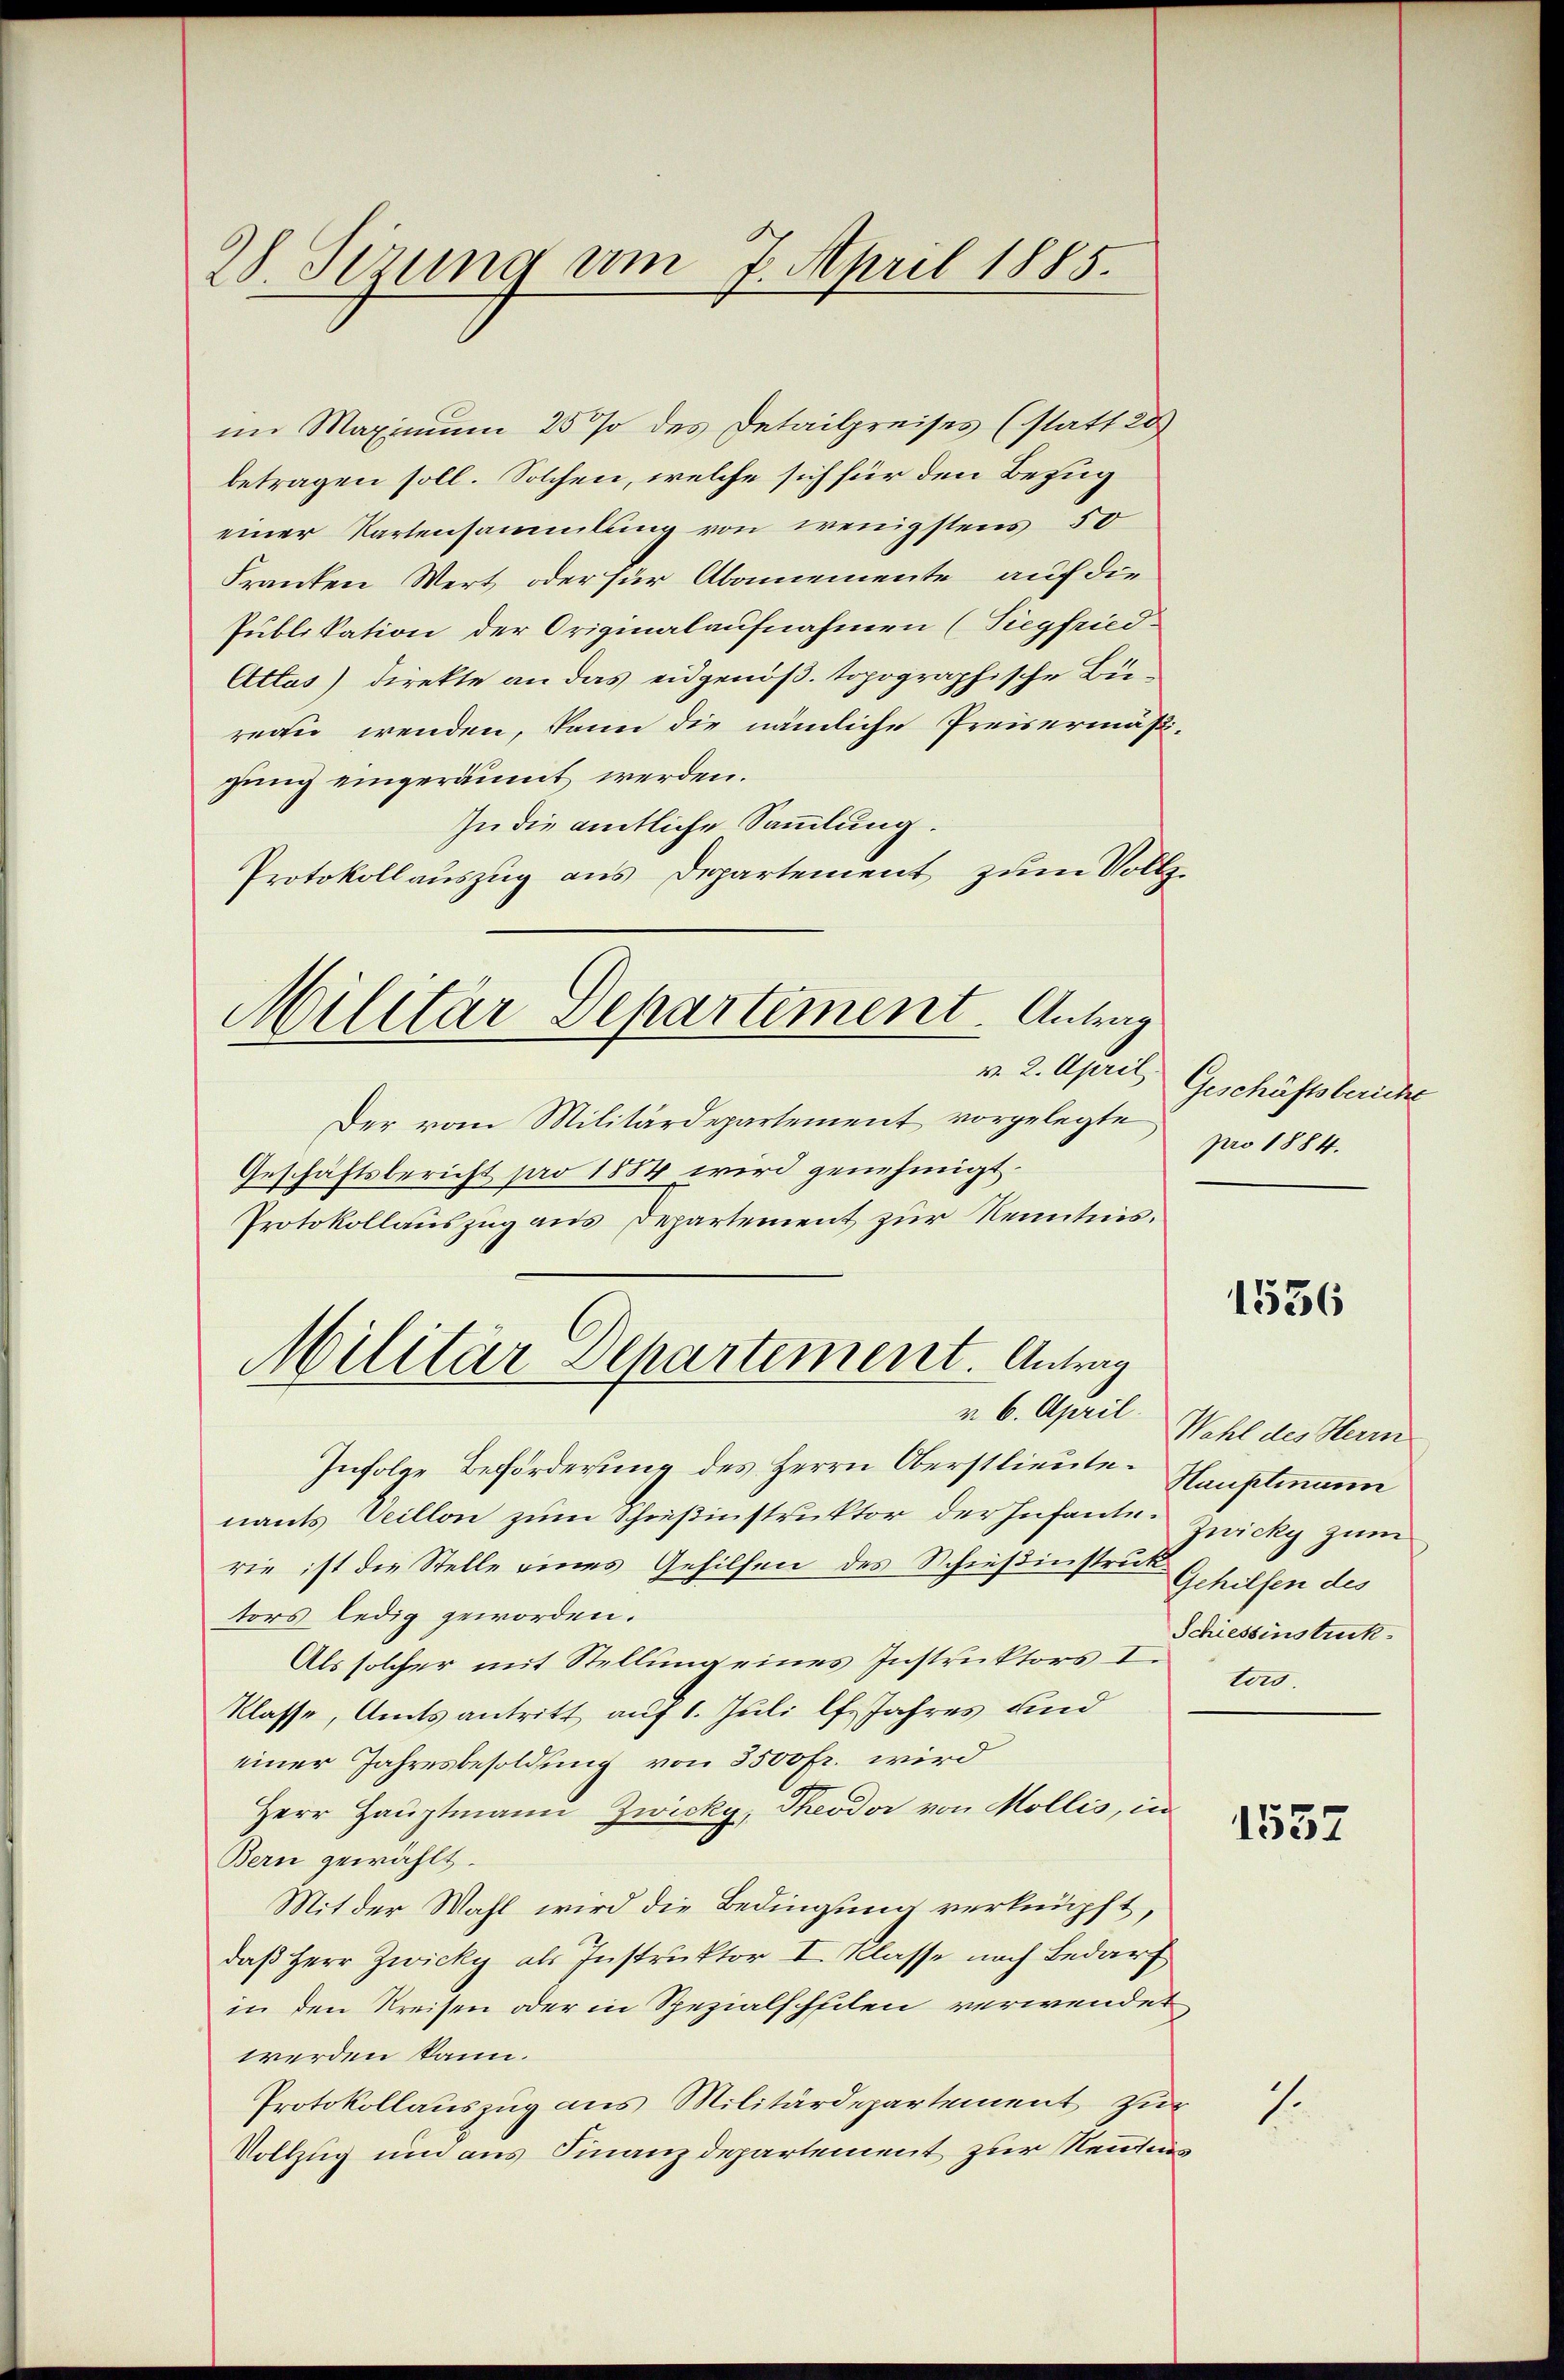
28. Sezung am 7. April 1885.

im Maximum 25% des Detailpreises (statt 20
betragen soll. Solchen, welche sich für den Bezug
einer Kartensammlung von wenigstens 50
Franten Wert oder für Abonnemente auf die
Publikation der Originalaufnahmen (Siegfried-
Attas) direkte an das eidgenöß. topographische Büreau wenden, kann die nämliche Preisermäßigung eingeräumt werden.
In die amtliche Sammlung.
Protokollauszug aus Departement zum Vollz

Militär-Departement. Antrag
v. 2. April

Der vom Militärdepartement vorgelegte
Geschäftsbericht pro 1884 wird genehmigt.
Protokollauszug aus Departement zur Kenntnis.
Infolge Beförderung des Herrn Oberstlieutenants Veillon zum Schießinstruktor der Infante. Zwicky zum
rie ist die Stelle eines Gehilfen des Schießinstrat Gehilfen des
tors ledig geworden.
Als solcher mit Stellung eines Instruktors I.
Klasse, Amtsantritt auf 1. Juli l. Jahres und
einer Jahresbesoldung von 3500 fr. wird
Herr Hauptmann Zwicky, Theodor von Mollis, in
Bern gewählt.
Mit der Wahl wird die Bedingung verknüpft,
daß Herr Zwicky als Instruktor I. Klasse nach Bedarf
in den Kreisen oder in Spezialscheilen verwendet
werden kann.
Protokollauszug aus Militärdepartement zur
Vollzug um aus Finanzdepartement zur Neuens

Militär-Departement. Antrag

Geschäftsbericht
pro 1884.

v. 6. April Wahl des Herm

1536

Hauptmann
Schiessinstruk
tors.

1537

7.